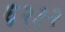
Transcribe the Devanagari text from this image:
६२३२